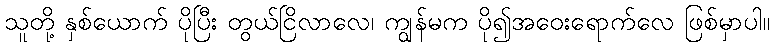
သူတို့ နှစ်ယောက် ပိုပြီး တွယ်ငြိလာလေ၊ ကျွန်မက ပို၍အဝေးရောက်လေ ဖြစ်မှာပါ။